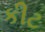
કીટ